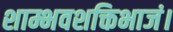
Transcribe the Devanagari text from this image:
शाम्भवशक्तिभाजं।